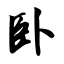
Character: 卧